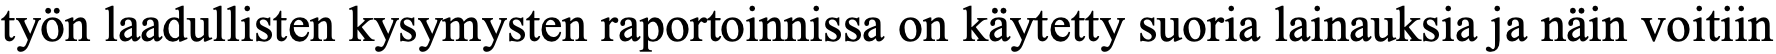
työn laadullisten kysymysten raportoinnissa on käytetty suoria lainauksia ja näin voitiin